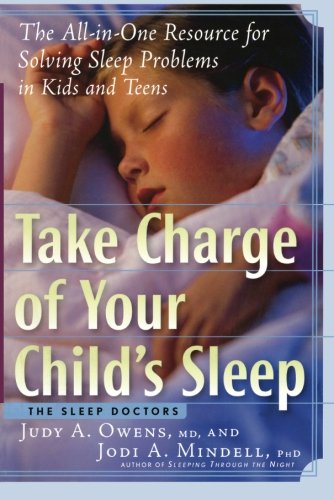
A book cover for Take Charge of Your Child's Sleep: The All-in-One Resource for Solving Sleep Problems in Kids and Teens; Judith A. Owens; Health, Fitness & Dieting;